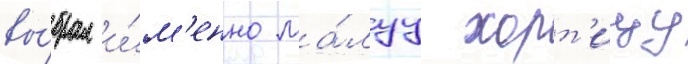
вы́брал и́м'енно ма́луу хорт'ицу